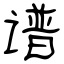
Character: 谱